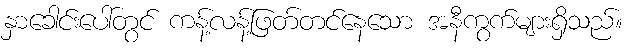
နှာခေါင်းပေါ်တွင် ကန့်လန့်ဖြတ်တင်နေသော အနီကွက်များရှိသည်။